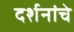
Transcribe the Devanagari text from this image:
दर्शनांचे